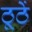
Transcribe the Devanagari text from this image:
ठूठें